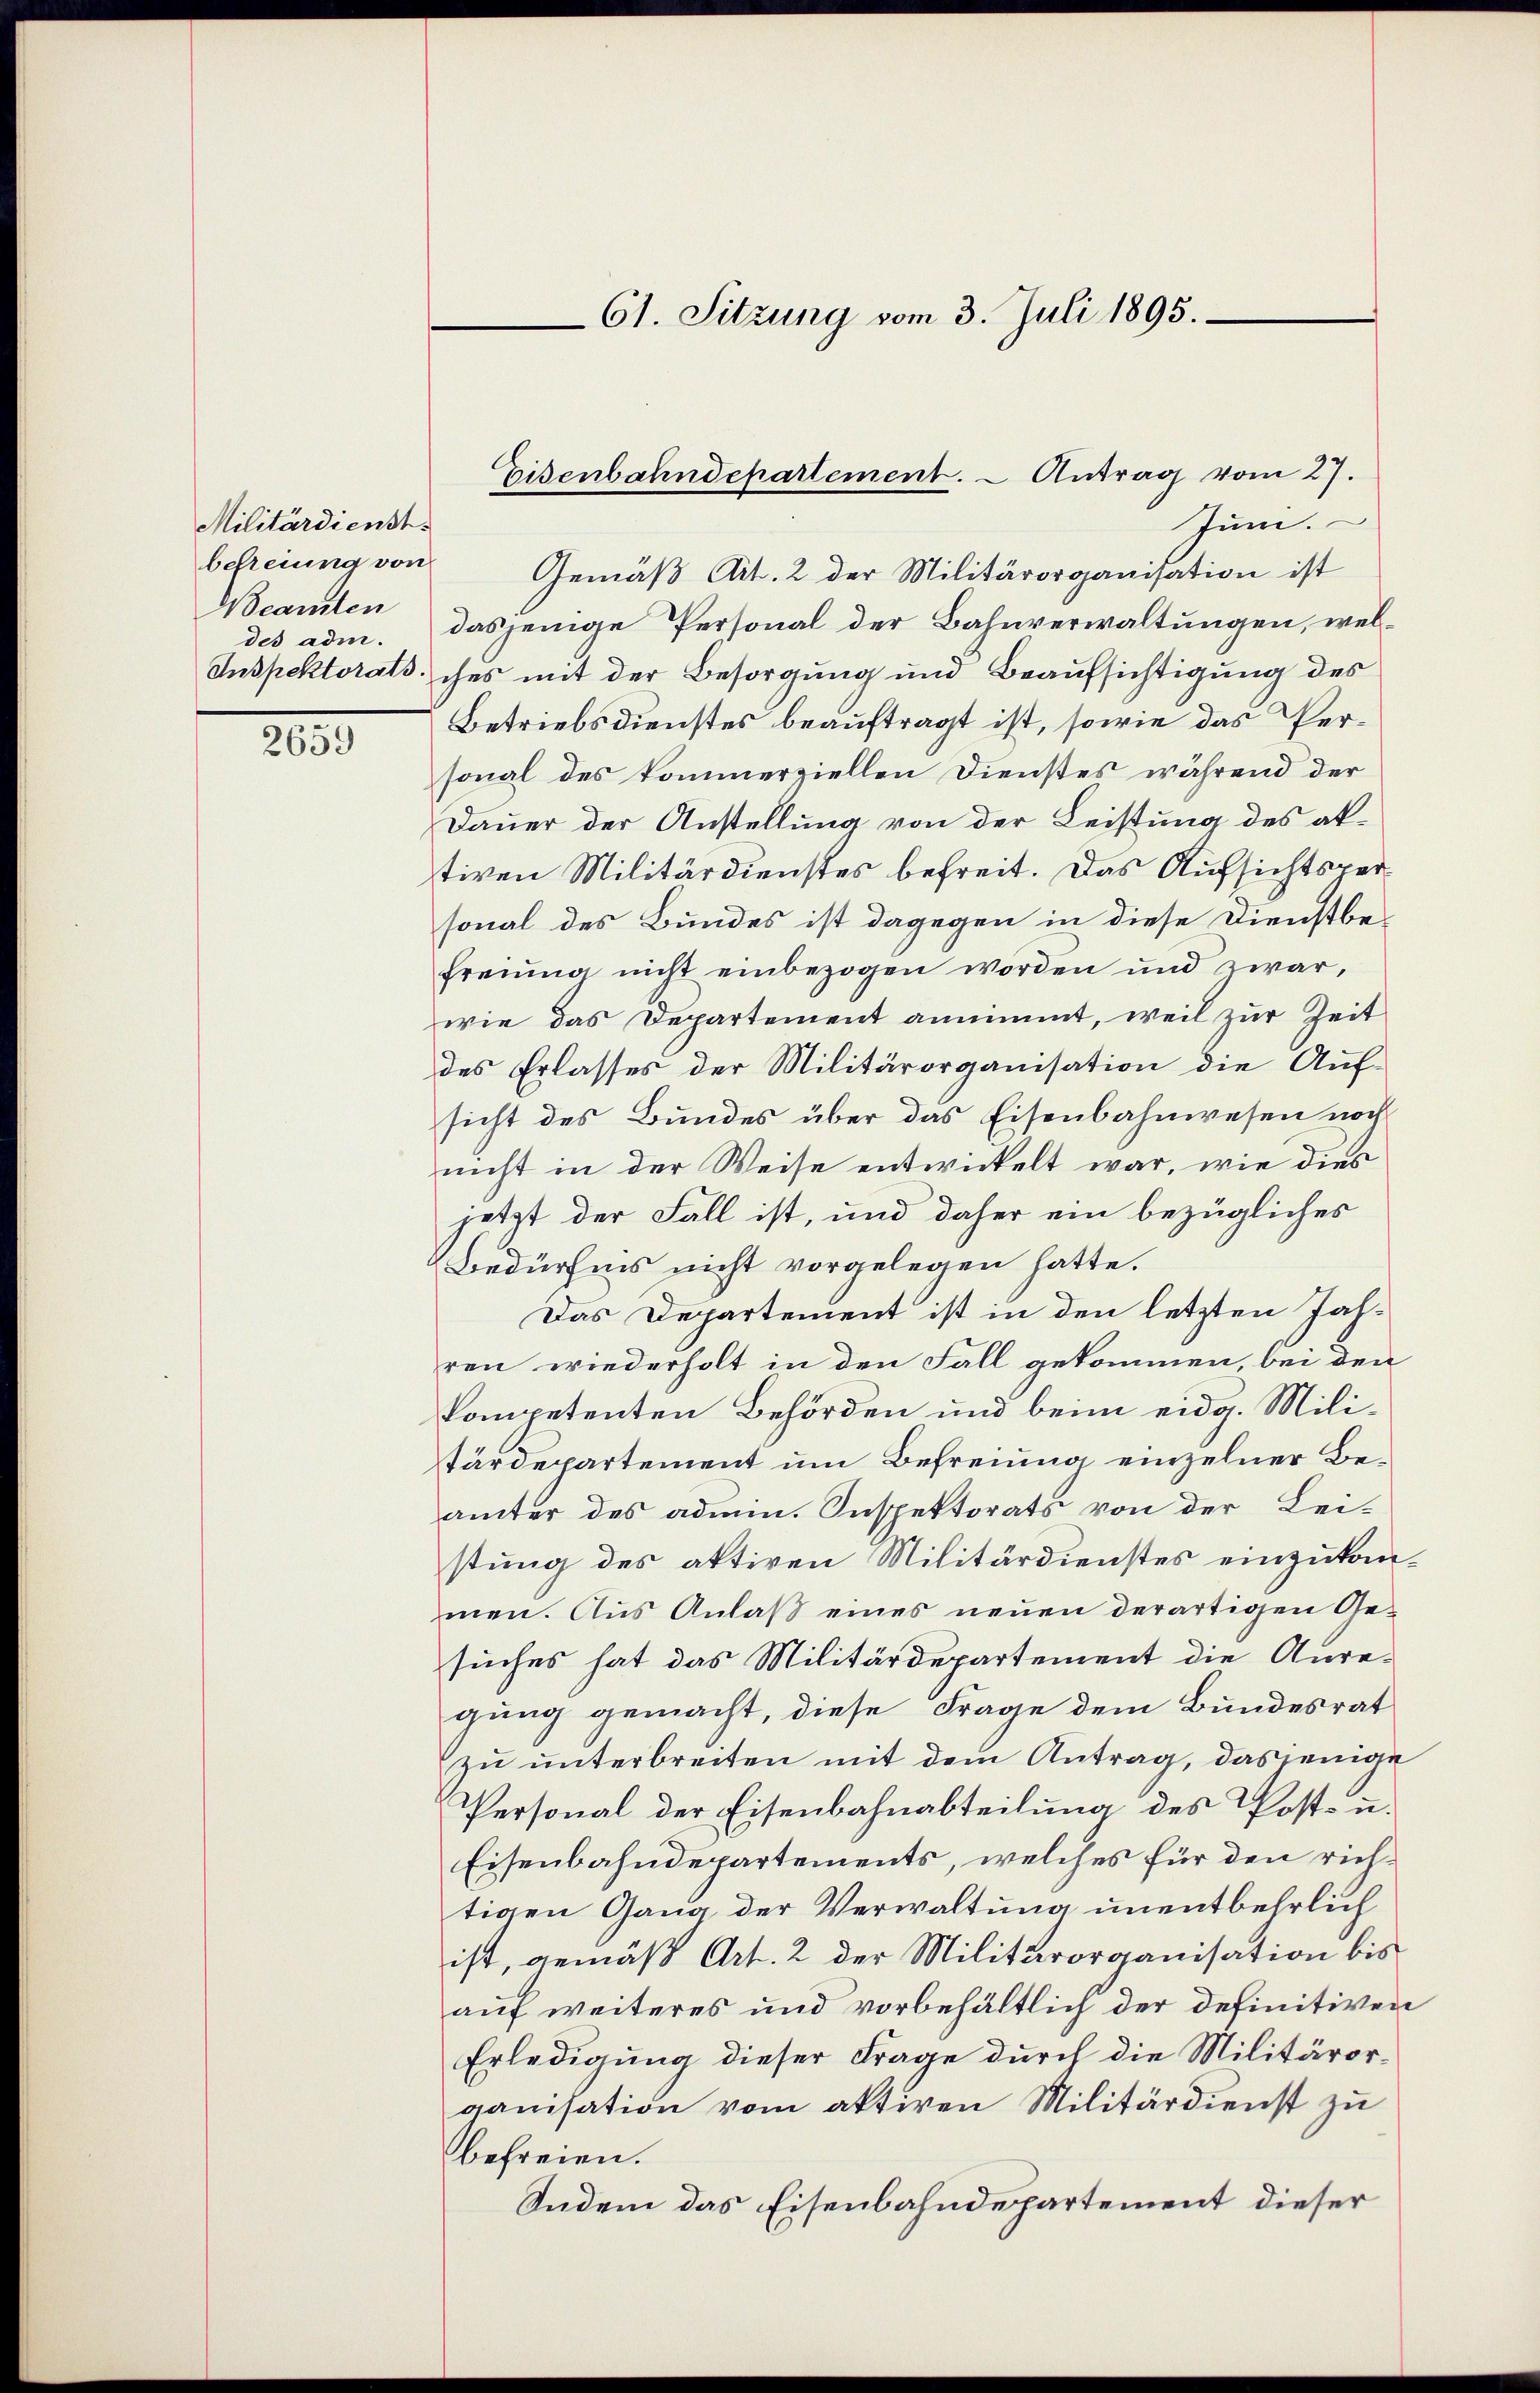
Militärdienst.
befreiung von
Neamten
des adm.

2659

Juni.
Gemäß Art. 2 der Militärorganisation ist
dasjenige Personal der Bahnverwaltungen, wel¬
Inspektorats, ches mit der Besorgung und Beaufsichtigung des
Betriebsdienstes beauftragt ist, sowie das Personal des kommerziellen Dienstes während der
Dauer der Anstellung von der Leistung des aktiven Militärdienstes befreit. Das Aufsichtsversonal des Bundes ist dagegen in diese Dienstbefreiung nicht einbezogen worden und zwar,
wie das Departement annimmt, weil zur Zeit
des Erlasses der Militärorganisation die Aufsicht des Bundes über das Eisenbahnwesen noch
nicht in der Weise entwickelt war, wie dies
jetzt der Fall ist, und daher ein bezügliches
Bedürfnis nicht vorgelegen hatte.
Das Departement ist in den letzten Jahren wiederholt in den Fall gekommen, bei den
kompetenten Behörden und beim eidg. Militärdepartement um Befreiung einzelner Beämter des admin. Inspektorats von der Lei-
stung des aktiven Militärdienstes einzukommen. Aus Anlaβ eines neuen derartigen Ge-
suches hat das Militärdepartement die Auregung gemacht, diese Frage dem Bundesrat
zu unterbreiten mit dem Antrag, dasjenige
Personal der Eisenbahnabteilung des Post- u.
Eisenbahndepartements, welches für den richtigen Gang der Verwaltung unentbehrlich
ist, gemäß Art. 2 der Militärorganisation bis
auf weiteres und vorbehältlich der definitiven
Erledigung dieser Frage durch die Militärorganisation vom aktiven Militärdienst zu
befreien.
Indem das Eisenbahndepartement dieser

61. Sitzung vom 3. Juli 1895.

Eisenbahndepartement. – Antrag vom 27.